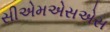
સીએમએસએસ